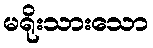
မရိုးသားသော